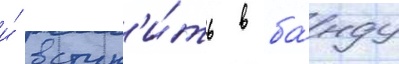
и́ вступ'и́ть в ба́нду